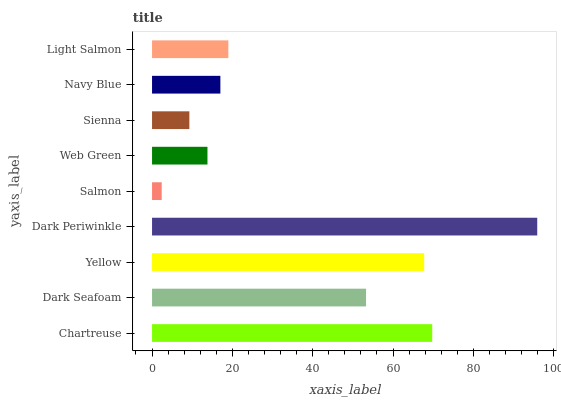
| yaxis_label | bars |
 | --- | --- |
 | Chartreuse | 69.8 |
 | Dark Seafoam | 53.3 |
 | Yellow | 67.8 |
 | Dark Periwinkle | 95.9 |
 | Salmon | 2.4 |
 | Web Green | 13.8 |
 | Sienna | 9.29 |
 | Navy Blue | 17 |
 | Light Salmon | 19 |